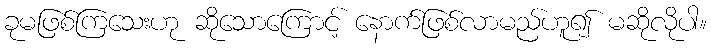
ခုမဖြစ်ကြသေးဟု ဆိုသောကြောင့် နောက်ဖြစ်လာမည်ဟူ၍ မဆိုလိုပါ။